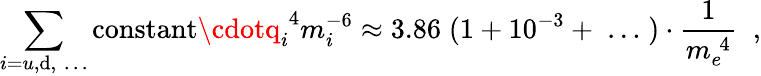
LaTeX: \sum_{i=u,\mathrm{d},\; \dots}\mathrm{{constant}}\cdotq_{i}^{\; 4}m_{i}^{-6}\approx3.86\; (1+10^{-3}+\; \dots\; )\cdot\frac{{1}}{{m_{e}^{\; 4}}}\; \; ,